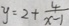
y = 2 + \frac { 4 } { x - 1 }